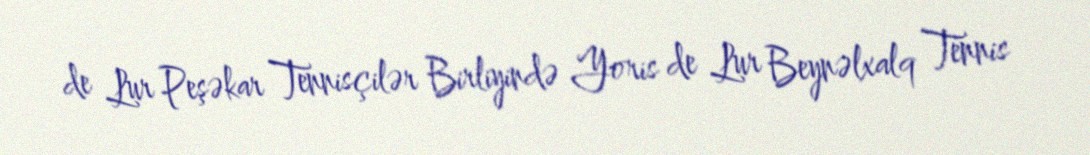
de Lur Peşəkar Tennisçilər Birliyində Yoris de Lur Beynəlxalq Tennis